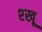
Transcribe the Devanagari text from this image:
श्खू